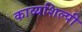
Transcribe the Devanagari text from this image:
काव्यशिल्पी